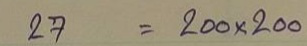
27 = 200x200